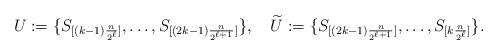
LaTeX: \begin{align*}U:=\{S_{[(k-1)\frac{n}{2^\ell}]},\dots,S_{[(2k-1)\frac{n}{2^{\ell+1}}]}\},\quad\widetilde U:=\{S_{[(2k-1)\frac{n}{2^{\ell+1}}]},\dots,S_{[k\frac{n}{2^\ell}]}\}.\end{align*}